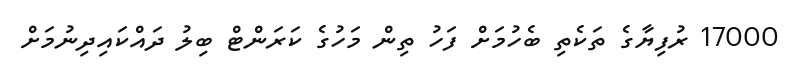
17000 ރުފިޔާގެ ތަކެތި ބެހުމަށް ފަހު ތިން މަހުގެ ކަރަންޓް ބިލު ދައްކައިދިނުމަށް